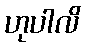
ဟုပါလိ